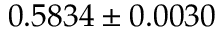
0 . 5 8 3 4 \pm 0 . 0 0 3 0